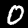
Digit: 0